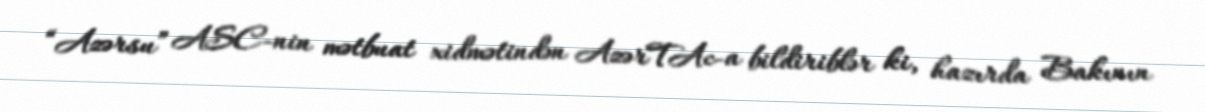
“Azərsu” ASC-nin mətbuat xidmətindən AzərTAc-a bildiriblər ki, hazırda Bakının